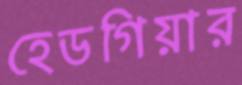
হেডগিয়ার